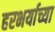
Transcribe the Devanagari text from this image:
हरभर्याच्या